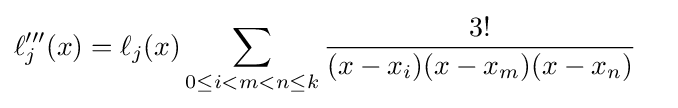
{\begin{aligned}\ell _{j}'''(x)&=\ell _{j}(x)\sum _{0\leq i<m<n\leq k}{\frac {3!}{(x-x_{i})(x-x_{m})(x-x_{n})}}\end{aligned}}